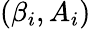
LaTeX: (\beta_{i},A_{i})